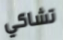
تشاكي